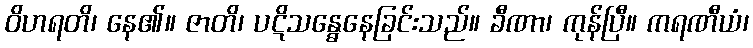
ဝိဟရတိ၊ နေ၏။ ဇာတိ၊ ပဋိသန္ဓေနေခြင်းသည်။ ခီဏာ၊ ကုန်ပြီ။ ကရဏီယံ၊